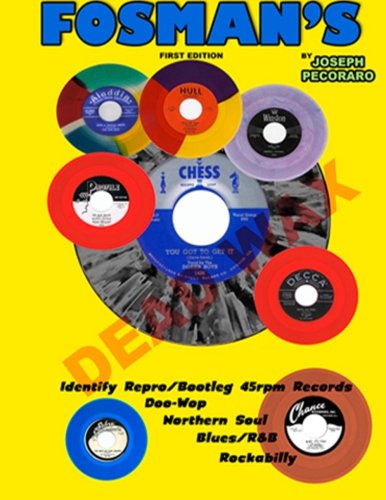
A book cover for Dead Wax Identify Repro/Bootleg 45 RPM Records: Doo-Wop Northern Soul blues R&B Rockabilly; Mr. Joseph Michael Pecoraro; Crafts, Hobbies & Home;